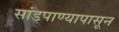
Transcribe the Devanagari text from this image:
सांडपाण्यापासून